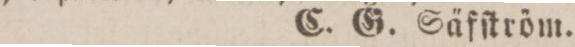
C. G. Säfſtröm.